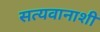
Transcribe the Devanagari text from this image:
सत्यवानाशी